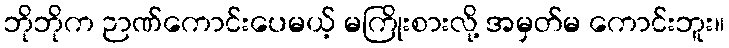
ဘိုဘိုက ဉာဏ်ကောင်းပေမယ့် မကြိုးစားလို့ အမှတ်မ ကောင်းဘူး။